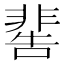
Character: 𩇸